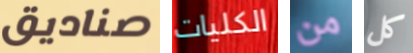
صناديق الكليات من كل